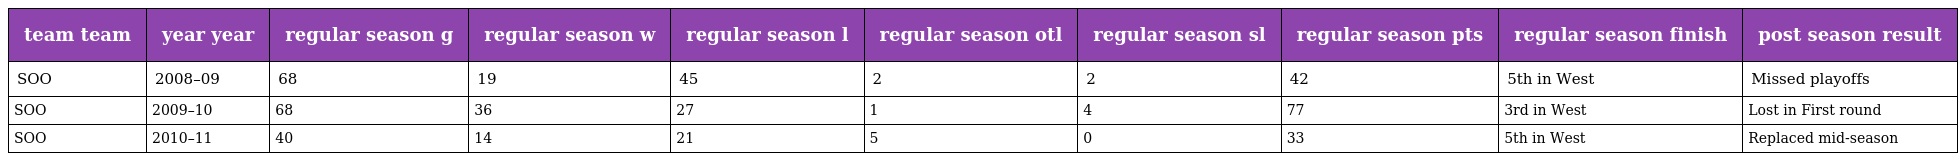
| team team | year year | regular season g | regular season w | regular season l | regular season otl | regular season sl | regular season pts | regular season finish | post season result |
 | --- | --- | --- | --- | --- | --- | --- | --- | --- | --- |
 | SOO | 2008–09 | 68 | 19 | 45 | 2 | 2 | 42 | 5th in West | Missed playoffs |
 | SOO | 2009–10 | 68 | 36 | 27 | 1 | 4 | 77 | 3rd in West | Lost in First round |
 | SOO | 2010–11 | 40 | 14 | 21 | 5 | 0 | 33 | 5th in West | Replaced mid-season |